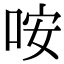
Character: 咹